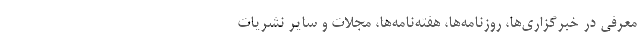
معرفی در خبرگزاری‌ها، روزنامه‌ها، هفته‌نامه‌ها، مجلات و سایر نشریات